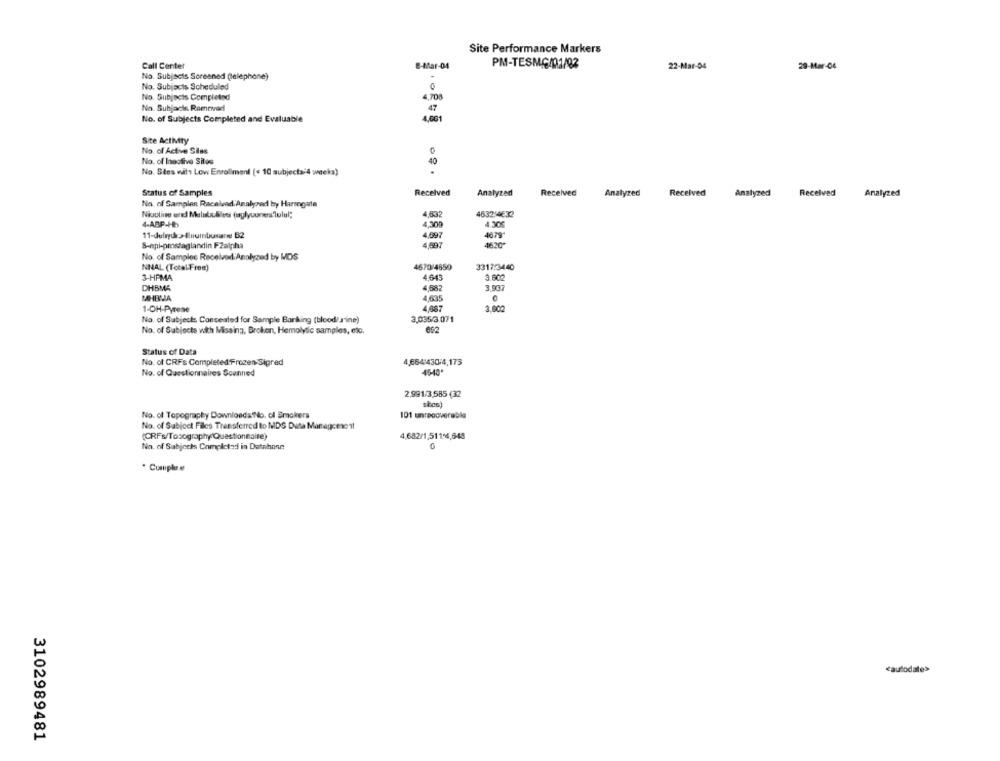
Site Performance Markers
Call Center
8-Mar-04
PM-TESMG/01/02
22-Mar-04
29-Mar-04
No. Subjects Soreaned (elephone)
No. Subjects Scheduled
0
No. Subjects Completed
4,708
No. Subjacke Removed
47
No. of Subjects Completed and Evaluable
4,001
Site ActMty
No. of Active Silas
No. of Inaolive Silos
40
No. Stes wits Low Enrollment (< 10 subjects-4 weeks)
Status of Samples
Received
Analyzed
Received
Analyzed
Received
Analyzed
Received
Analyzed
No. of Samples Racelvad Analyzed by Harrogate
Nicoline and Malabulles (rylyounes lolul;
4,632
4632/4632
4-ABP-Hb
4.300
4.30€
4.697
4679*
4620
S-Api-prostaglandin FZalpha
No. of Samples Received Analyzed by MDS
NNAL (TotalFree)
4670/4650
3317:3440
3-HPMA
4.645
3.602
DHBMA
4,582
3.937
MHBMA
4,635
1-OH-Pyrene
4,687
3.002
No. of Subjects Concealed for Sample Barking (blood/s'ine)
3,035/3.071
No. of Subjects with Missing, Broken, Hemolydc samples, etc.
Status of Data
No. of CRFs Completed Frozen Sigred
4,6641430-4,175
No. of Questionnaires Scanned
45-40"
2.991/3,585 (32
No. of Topography Downloada'No. ol Smokers
101 unrecoverable
No. of Subject Files Transferred to MDS Duta Management
4.682/1,511,4,648
(CRFs/Tosography Questionnaire)
No. of Subjects Completed in Datahone
* Cumple e
caulodale>>
3102989481